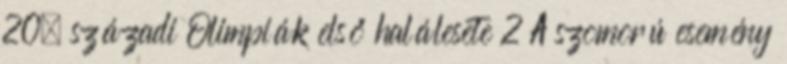
20. századi Olimpiák első halálesete 2 A szomorú esemény